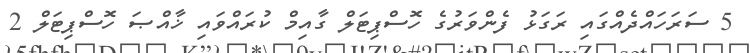
5 ސަރަހައްދެއްގައި ރަގަޅު ފެންވަރުގެ ހޮސްޕިޓަލް ގާއިމް ކުރައްވައި ޚާއްޞަ ހޮސްޕިޓަލް 2